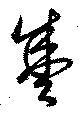
盛